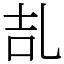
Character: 㐖